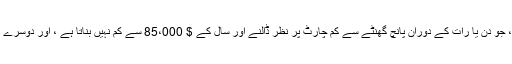
تصور کریں کہ یہ کتنا خوفناک ہوگا ، جو دن یا رات کے دوران پانچ گھنٹے سے کم چارٹ پر نظر ڈالنے اور سال کے $ 85،000 سے کم نہیں بناتا ہے ، اور دوسرے تمام گھنٹوں کے دوران آرام کرتا ہے۔